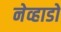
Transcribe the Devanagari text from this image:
नेव्हाडो